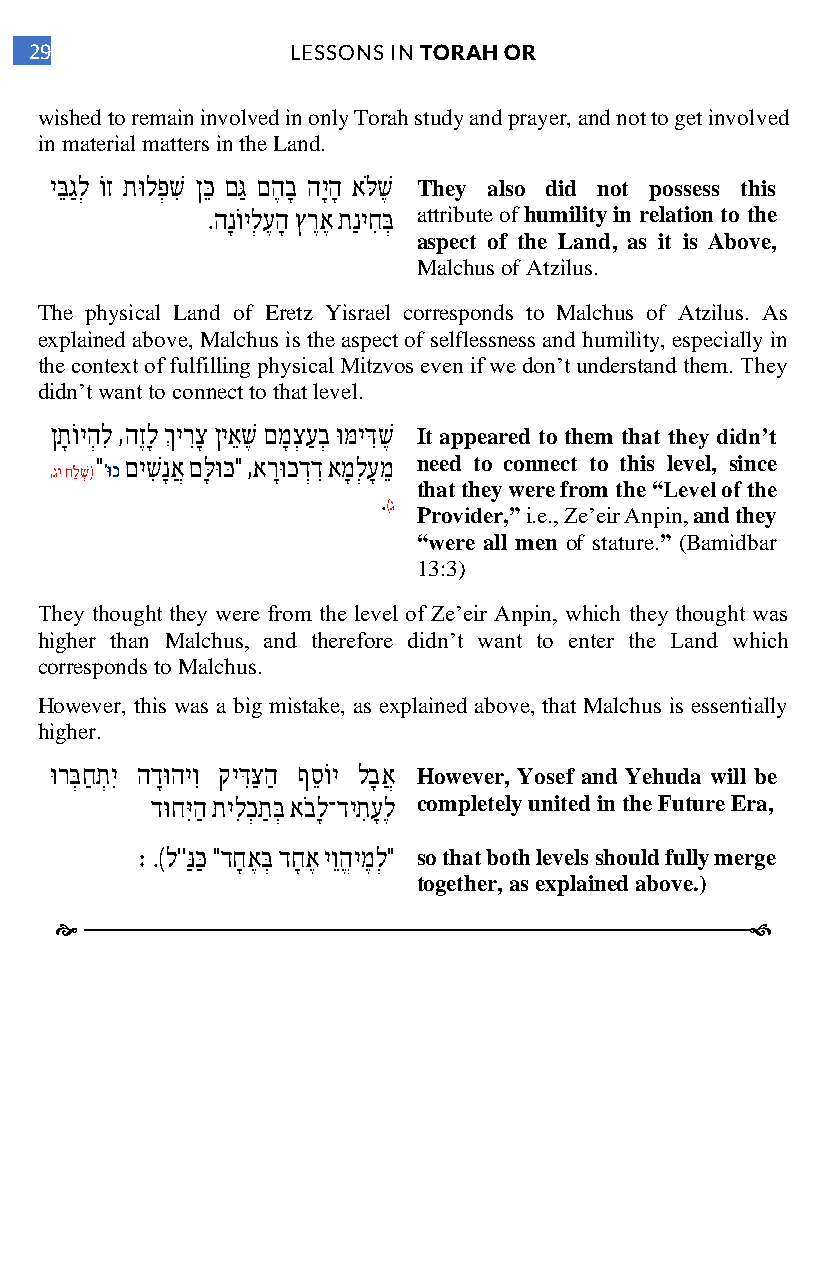
29               LESSONS IN TORAH OR
 wished to remain involved in only Torah study and prayer, and not to get involved
 in material matters in the Land.
 יבֵּ גַ לְ ו ז תוּ לפְ שִּ ןכֵּ םגַּ םהֶ בָ היָהָ א לּ שֶ They also did not possess this
 .הָנו ילְ עֶ הָ ץרֶאֶ תַניחִּ בְּ attribute of humility in relation to the
 aspect of the Land, as it is Above,
 Malchus of Atzilus.
 The physical Land of Eretz Yisrael corresponds to Malchus of Atzilus. As
 explained above, Malchus is the aspect of selflessness and humility, especially in
 the context of fulfilling physical Mitzvos even if we don’t understand them. They
 didn’t want to connect to that level.
 ןתָ ו יהְ לִּ ,הזֶ ָל ךְ ירִּצָ ןיאֵ שֶ םמָ צְ עַ בְ וּ מּ ידִּּשֶ It appeared to them that they didn’t
 ,גי חלַ שְ ( " 'וּכ םישִּ נָ אֲ םלָּ וּ כּ " ,ארָוּ כדְדִּ אמָ לְ עָ מֵ need to connect to this level, since
 that they were from the “Level of the
 .
 )ג
 Provider,” i.e., Ze’eir Anpin, and they
 “were all men of stature.” (Bamidbar
 13:3)
 They thought they were from the level of Ze’eir Anpin, which they thought was
 higher than Malchus, and therefore didn’t want to enter the Land which
 corresponds to Malchus.
 However, this was a big mistake, as explained above, that Malchus is essentially
 higher.
 וּ רבְּ חַ תְ יִּ הדָוּ היוִּ קידִּּצַּ הַ ףסֵ ו י לבָ אֲ However, Yosef and Yehuda will be
 דוּ חיִּּהַ תילִּ כְ תַ בְּ א בָל־דיתִּ עָ לֶ completely united in the Future Era,
 :ׁׁ .)ל''נַּ כַּ "דחָ אֶ בְּ דחָ אֶ יוֵהֱ ימֶ לְ " so that both levels should fully merge
 together, as explained above.)
                                              